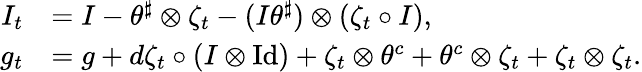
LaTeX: \begin{array}{rl}{I_{t}}&{=I-\theta^{\sharp}\otimes\zeta_{t}-(I\theta^{\sharp})\otimes(\zeta_{t}\circ I),}\\ {g_{t}}&{=g+d\zeta_{t}\circ(I\otimes\mathrm{Id})+\zeta_{t}\otimes\theta^{c}+\theta^{c}\otimes\zeta_{t}+\zeta_{t}\otimes\zeta_{t}.}\end{array}